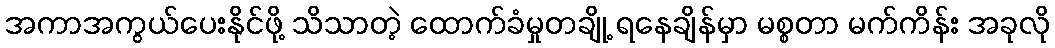
အကာအကွယ်ပေးနိုင်ဖို့ သိသာတဲ့ ထောက်ခံမှုတချို့ ရနေချိန်မှာ မစ္စတာ မက်ကိန်း အခုလို